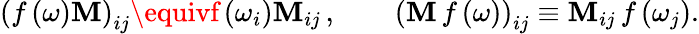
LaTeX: \left(f\left(\omega\right)\mathbf{M}\right)_{ij}\equivf\left(\omega_{i}\right)\mathbf{M}_{ij}\, ,\qquad\left(\mathbf{M}\, f\left(\omega\right)\right)_{ij}\equiv\mathbf{M}_{ij}\, f\left(\omega_{j}\right).